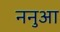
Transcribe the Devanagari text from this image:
ननुआ